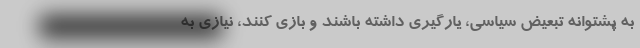
به پشتوانه تبعیض سیاسی، یارگیری داشته باشند و بازی کنند، نیازی به